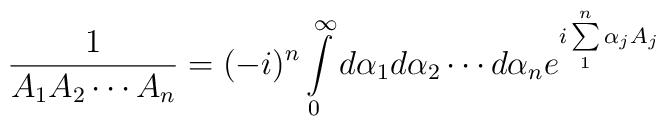
\frac{1}{A_1A_2\cdots A_n}=(-i)^n\int\limits^{\infty}_0    d\alpha_1d\alpha_2\cdots d\alpha_n e^{i\sum\limits^n_1\alpha_jA_j}